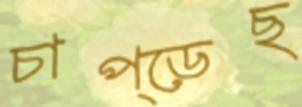
চাপ্‌ড়েছ